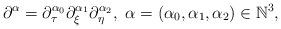
LaTeX: \begin{align*}\partial^\alpha=\partial^{\alpha_0}_\tau\partial^{\alpha_1}_\xi\partial^{\alpha_2}_\eta, ~\alpha=(\alpha_0, \alpha_1, \alpha_2)\in\mathbb{N}^3,\end{align*}